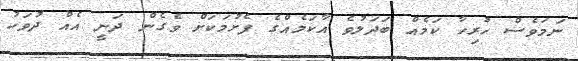
ނަމަވެސް ހުރިހާ ކަމެއް ބަދަލުވެ އާކަމެއްގެ ފެށުމަކަށް ވެގެން ދަނީ އެއް ދުވަހު